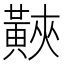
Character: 䵌